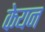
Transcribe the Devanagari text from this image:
केयन